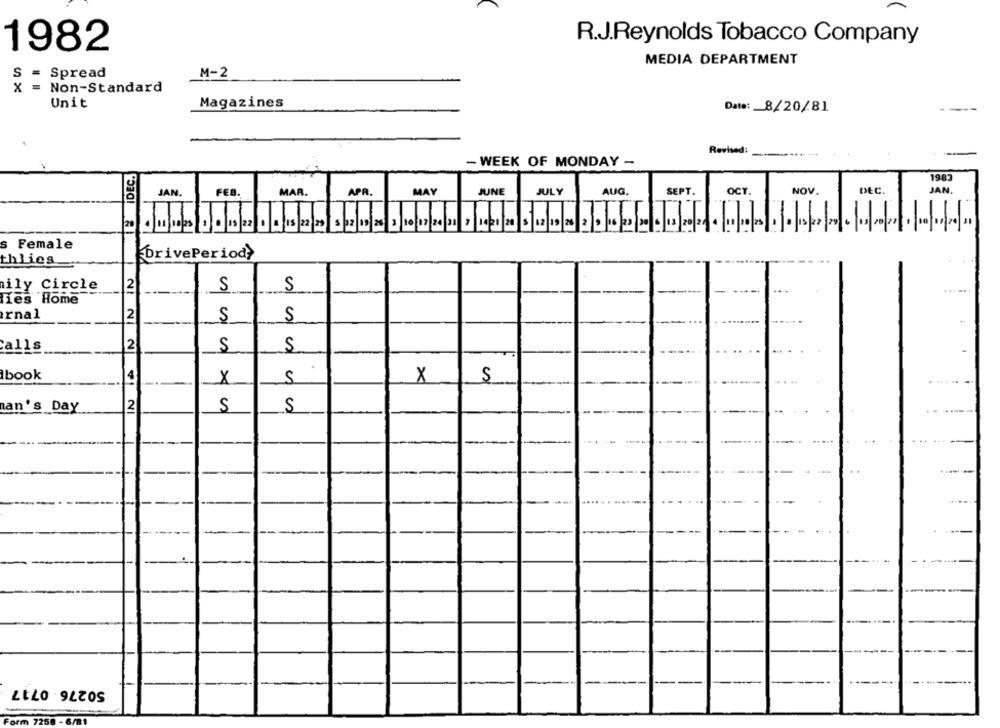
R.J.Reynolds Tobacco Company
1982
MEDIA DEPARTMENT
S
= Spread
M-2
x
Non-Standard
Unit
Magazines
Date: _ 8/20/81
--
Revised:
ME IDEC.
- WEEK OF MONDAY -
1983
AUG.
NOV.
DEC.
JAN.
JAN.
FEB.
MAR.
APR.
MAY
JUNE
JULY
SEPT.
OCT.
.
s Female
DrivePeriod>
thlies
ily Circle
12
S
S
... ..
lies Home
rnal
2
S
S
Calls
2
S
S
Ibook
4
S
S
X
×
an's Day
S
S
2
50276 0717